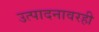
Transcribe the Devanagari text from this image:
उत्पादनावरही